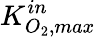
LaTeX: K_{O_{2},max}^{in}